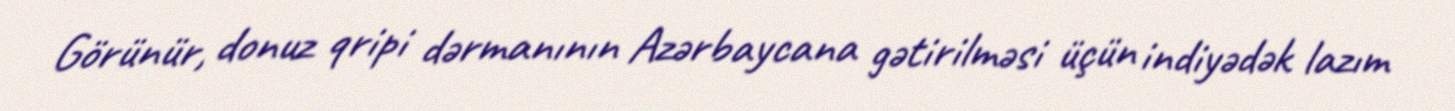
Görünür, donuz qripi dərmanının Azərbaycana gətirilməsi üçün indiyədək lazım